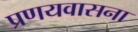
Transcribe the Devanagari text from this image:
प्रणयवासना